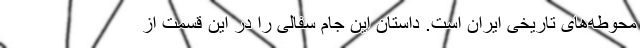
محوطه‌های تاریخی ایران است. داستان این جام سفالی را در این قسمت از